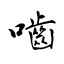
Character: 嚙